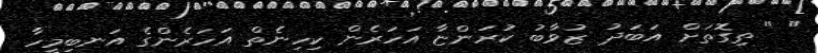
" " ތިގޮތަށް އަބަދު ޒުވާބު ކުރަންޏާ އަހަރެން ކިހިނެތް އަހަރެންގެ އަނބިމީހާ